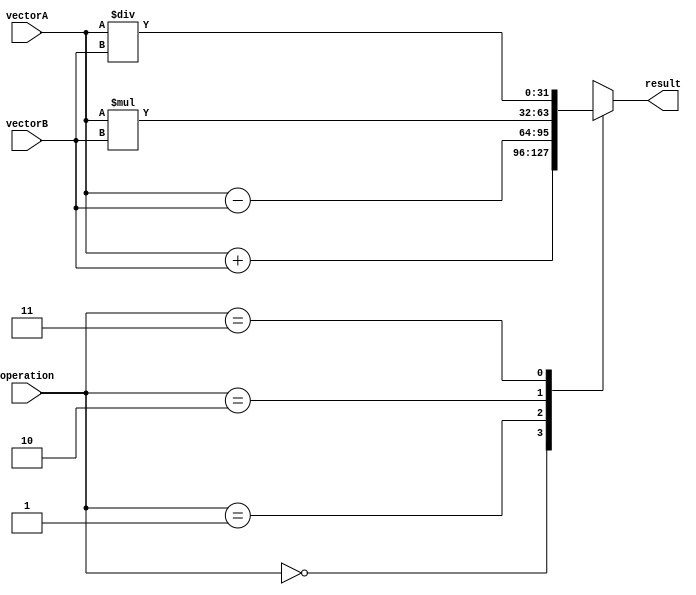
module VectorALU(
    input [31:0] vectorA,
    input [31:0] vectorB,
    input [1:0] operation,
    output reg [31:0] result
);

always @(*)
begin
    case(operation)
        2'b00: result = vectorA + vectorB; // Addition
        2'b01: result = vectorA - vectorB; // Subtraction
        2'b10: result = vectorA * vectorB; // Multiplication
        2'b11: result = vectorA / vectorB; // Division
    endcase
end

endmodule